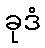
ခုဒံ